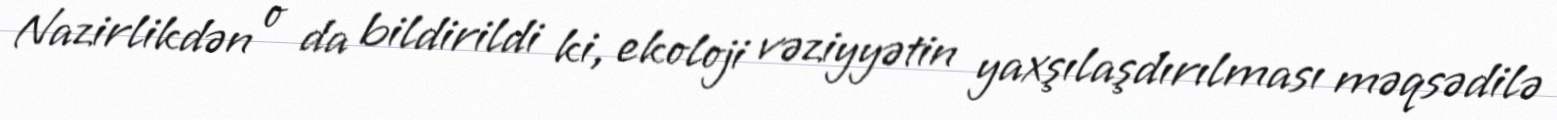
Nazirlikdən o da bildirildi ki, ekoloji vəziyyətin yaxşılaşdırılması məqsədilə